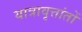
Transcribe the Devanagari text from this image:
यात्रावृत्तांतों